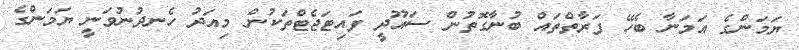
ޔަމަންގެ އަމަނާ ބެހޭ ފަރާތްތައް ބުނާގޮތުން ސައޫދީ ފައިޓަޖެޓްތަކުން މިއަދު ހެނދުނުވަނީ ޔަމަންގެ